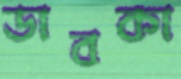
ডাবকা